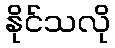
နိုင်သလို